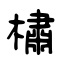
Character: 橚